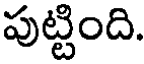
పుట్టింది.